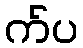
က်ပ